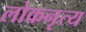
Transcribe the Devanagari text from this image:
लोकनृत्‍य